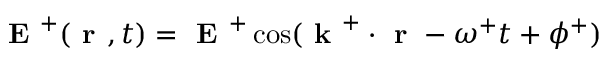
\textbf { E } ^ { + } ( \textbf { r } , t ) = \textbf { E } ^ { + } \cos ( \textbf { k } ^ { + } \cdot \textbf { r } − \omega ^ { + } t + \phi ^ { + } )